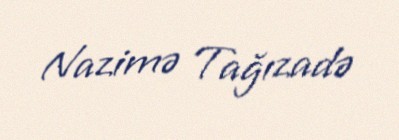
Nazimə Tağızadə